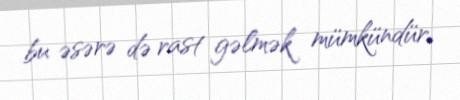
bu əsərə də rast gəlmək mümkündür.